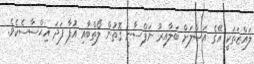
ލައްޒަތަކީ އޭގެ އަޞްލަށް ބަލާއިރު ނަފްސާނީ ގޮތުން ލޯތްބާއި އުފާ ފަދަ އިޙްސާސެކެވެ.